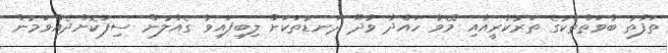
ތަފާތު ބާވަތްތަކުގެ ތަރުކާރީއާއި މޭވާ ހައްދާ ވާދޫ ދަނޑުތަކަށް ލިބިފައިވާ ގެއްލުން ސިފަކޮށްދެއްވަމުން